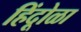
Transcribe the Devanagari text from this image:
हिंदूोळा